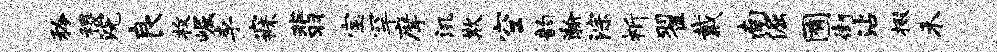
矜稷浣良枚崛李寐翡宝罕摩汛欺空韵瀚淙祈翟戴南倔囿街沾掇禾